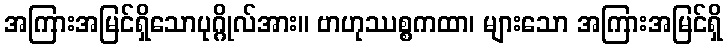
အကြားအမြင်ရှိသောပုဂ္ဂိုလ်အား။ ဗာဟုဿစ္စကထာ၊ များသော အကြားအမြင်ရှိ